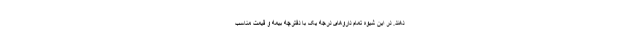
دهند. در این شیوه تمام داروهای درجه یک با دفترچه بیمه و قیمت مناسب